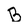
Character: B